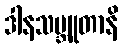
ဒါနသမ္ဘူတာနိ